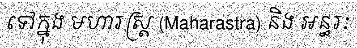
ទៅក្នុង មហារស្ត្រ (Maharastra) និង អន្ធរៈ